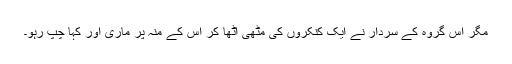
مگر اس گروہ کے سردار نے ایک کنکروں کی مٹھی اٹھا کر اس کے منہ پر ماری اور کہا چپ رہو۔